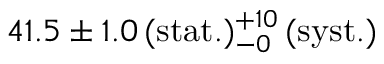
4 1 . 5 \pm 1 . 0 \, ( \mathrm { s t a t . } ) _ { - 0 } ^ { + 1 0 } \, ( \mathrm { s y s t . } )